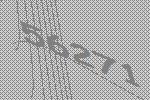
56271